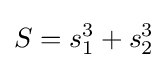
S=s_{1}^{3}+s_{2}^{3}